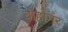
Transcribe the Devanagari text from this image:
बाहोनर